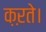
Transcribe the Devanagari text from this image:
क़ऱते।